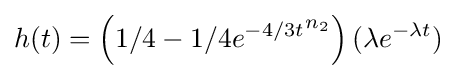
h(t)=\left(1/4-1/4{e^{-4/3t}}^{n_{2}}\right)(\lambda e^{-\lambda t})\